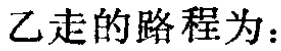
乙走的路程为：